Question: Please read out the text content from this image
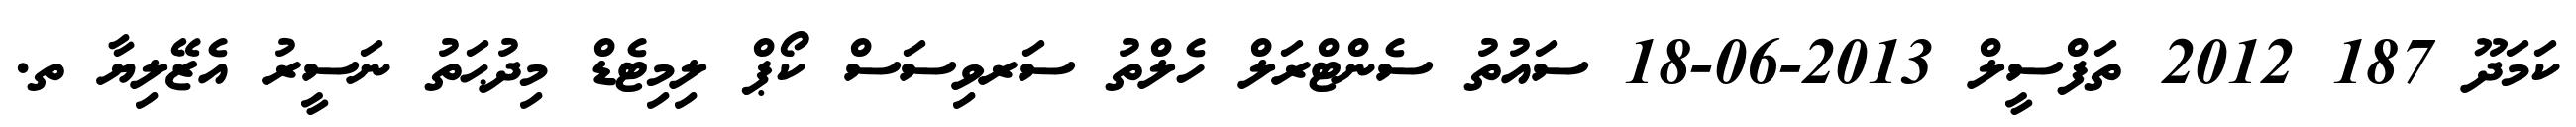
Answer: ކަމަދޫ 187 2012 ތަފްސީލް 2013-06-18 ސައުތު ސެންޓްރަލް ހެލްތު ސަރވިސަސް ކޯޕް ލިމިޓެޑް މިދުޙަތު ނަސީރު އެޒޭލިޔާ ތ.